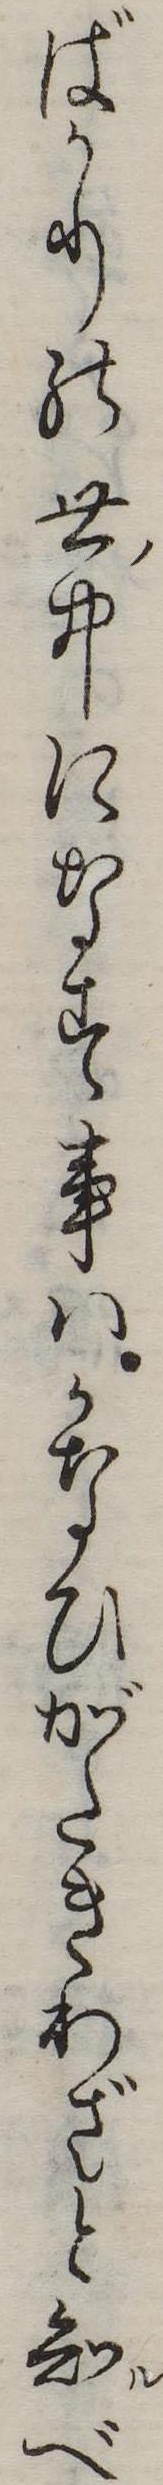
ばかりの世中になす事はかなひがたきわざと知べ